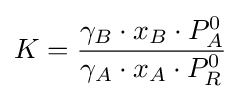
K={\frac {\gamma _{B}\cdot x_{B}\cdot P_{A}^{0}}{\gamma _{A}\cdot x_{A}\cdot P_{R}^{0}}}